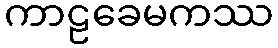
ကာဠခေမကဿ